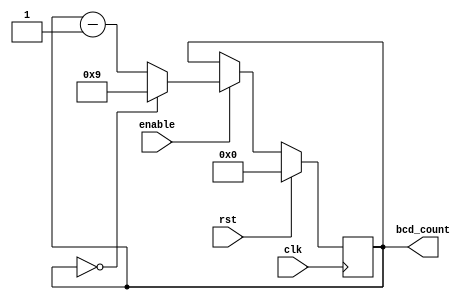
module BCD_Down_Counter_Enable(
    input wire clk,
    input wire rst,
    input wire enable,
    output reg [3:0] bcd_count
);

reg [3:0] bcd_count_reg;

always @(posedge clk) begin
    if (rst) begin
        bcd_count_reg <= 4'b0000;
    end else begin
        if (enable) begin
            if (bcd_count_reg == 4'b0000) begin
                bcd_count_reg <= 4'b1001; // BCD value for 9 (decimal)
            end else begin
                bcd_count_reg <= bcd_count_reg - 1;
            end
        end
    end
end

assign bcd_count = bcd_count_reg;

endmodule